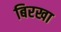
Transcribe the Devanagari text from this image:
बिरखा